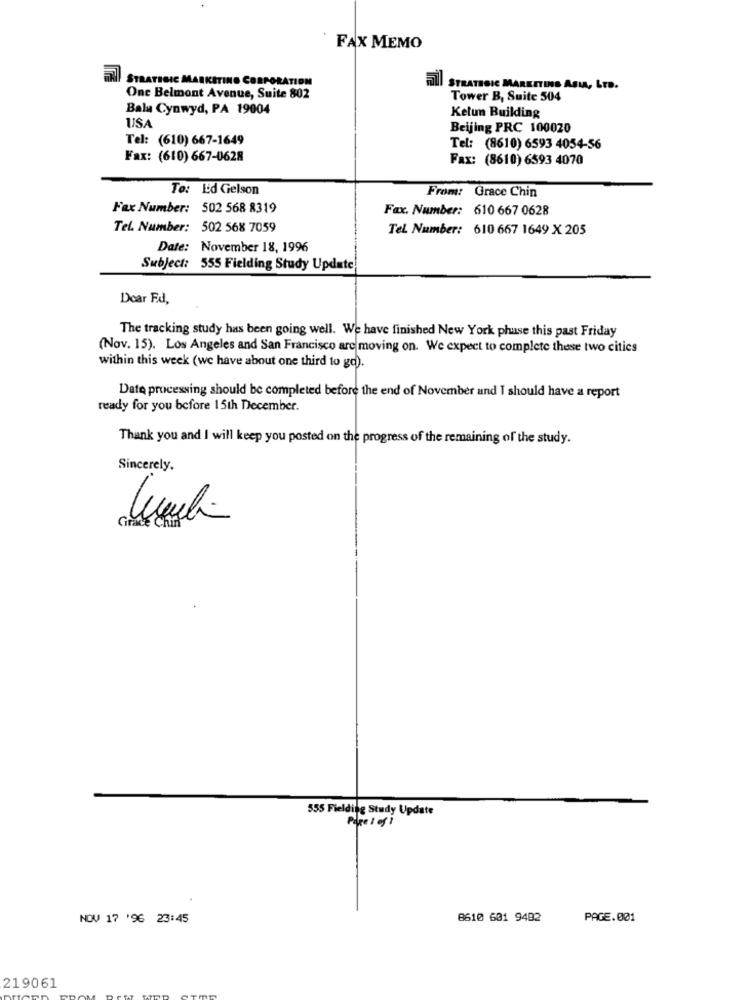
FAX MEMO
STRATEGIC MARKETING CORPORATION
Full STRATEGIC MARKETING ASIA, LTD.
One Belmont Avenue, Suite 802
Tower B, Suite 504
Bala Cynwyd, PA 19004
Kelun Building
USA
Beijing PRC 100020
Tel: (610) 667-1649
Tel: (8610) 6593 4054-56
Fax: (610) 667-0628
Fax: (8610) 6593 4070
To: L'd Gelson
From: Grace Chin
Fax Number: 502 568 8319
Fax. Number: 610 667 0628
Tel. Number: 502 568 7059
Tel. Number: 610 667 1649 X 205
Date: November 18, 1996
Subject: 555 Fielding Study Update
Doar Ed,
The tracking study has been going well. We have finished New York phase this past Friday
(Nov. 15). Los Angeles and San Francisco are moving on. We expect to complete these two cities
within this week (we have about one third to go).
Date processing should be completed before the end of November and I should have a report
ready for you before 15th December.
Thank you and I will keep you posted on the progress of the remaining of the study.
Sincerely.
555 Fielding Study Update
Page 1 of 1
NOV 17 '96 23:45
8610 601 9482
PAGE.001
219061